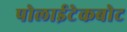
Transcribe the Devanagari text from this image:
पोलाईटेकबोट